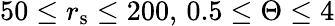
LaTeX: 50\leq{r}_{\mathrm{s}}\leq 200,\, 0.5\leq\Theta\leq{4}